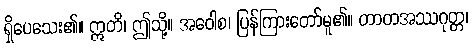
ရှိပေသေး၏။ ဣတိ၊ ဤသို့။ အဝေါစ၊ ပြန်ကြားတော်မူ၏။ တာတအဿဂုတ္တ၊